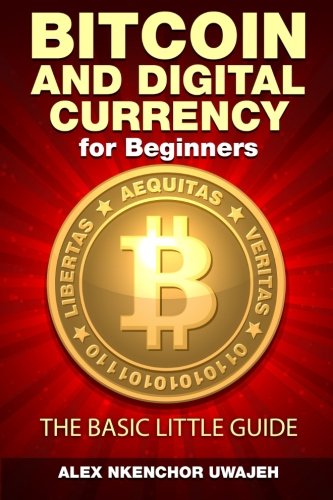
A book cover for Bitcoin and Digital Currency for Beginners: The Basic Little Guide; Alex Nkenchor Uwajeh; Computers & Technology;